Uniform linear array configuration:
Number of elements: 64
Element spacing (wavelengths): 0.75
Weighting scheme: uniform
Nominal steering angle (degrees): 30
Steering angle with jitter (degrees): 29.888
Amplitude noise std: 0.05
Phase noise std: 0.05

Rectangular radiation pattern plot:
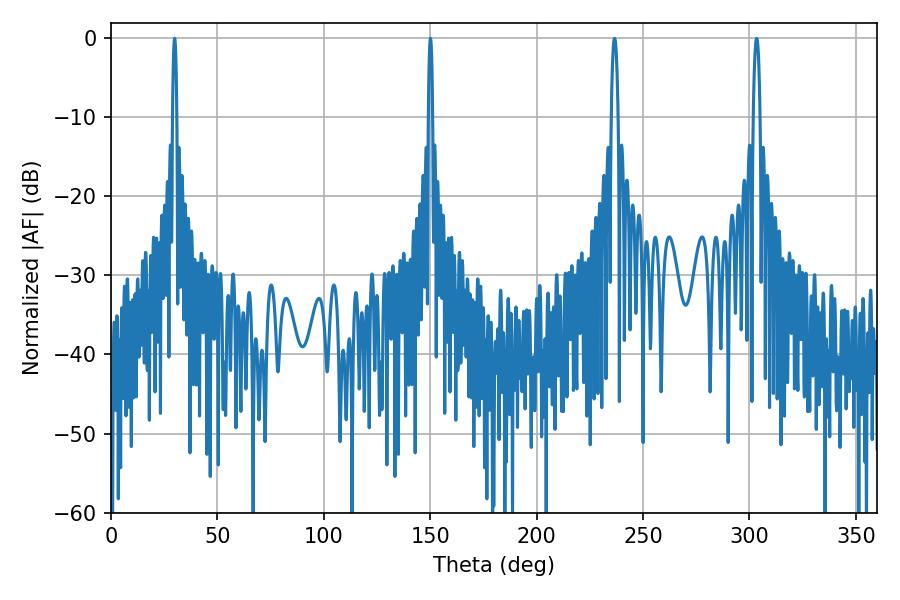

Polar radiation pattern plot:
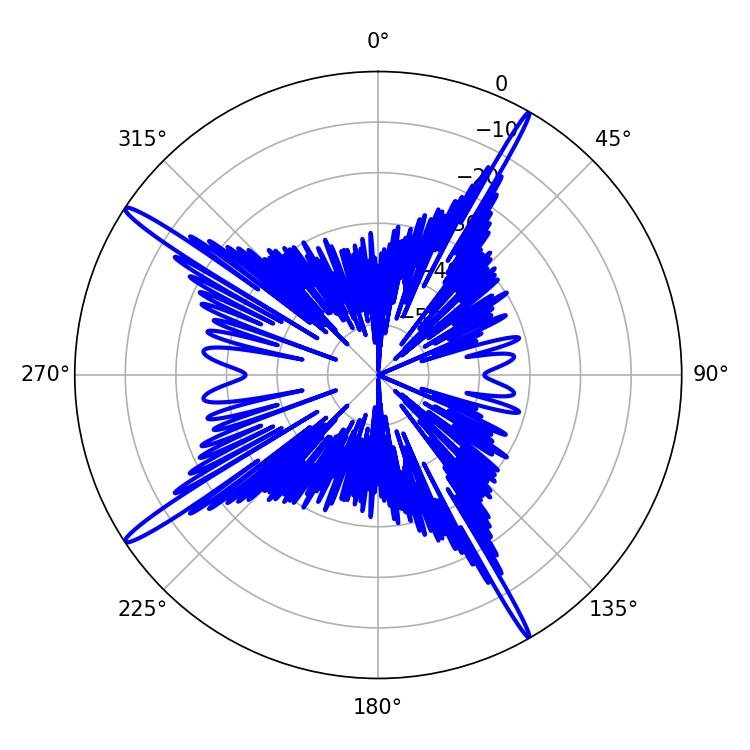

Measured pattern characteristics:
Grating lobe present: TRUE
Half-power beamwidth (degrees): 1.08
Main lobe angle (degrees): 150.12